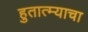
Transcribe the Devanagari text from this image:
हुतात्म्याचा